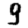
Digit: 9